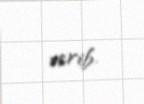
verib.